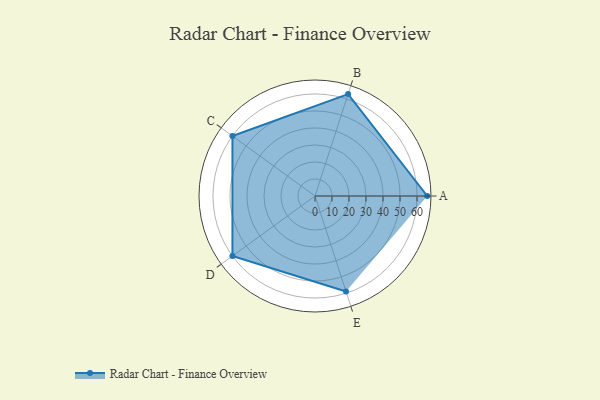
{"axis": {"x": "Skill", "y": "Score"}, "legend": ["Profile"], "data": [{"x": "A", "y": 66.0, "type": "Profile"}, {"x": "B", "y": 63.0, "type": "Profile"}, {"x": "C", "y": 60.0, "type": "Profile"}, {"x": "D", "y": 60.0, "type": "Profile"}, {"x": "E", "y": 59.0, "type": "Profile"}]}